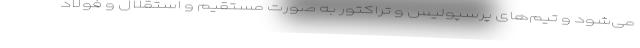
می‌شود و تیم‌های پرسپولیس و تراکتور به صورت مستقیم و استقلال و فولاد